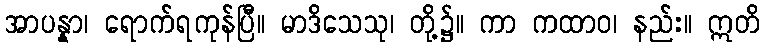
အာပန္နာ၊ ရောက်ရကုန်ပြီ။ မာဒိသေသု၊ တို့၌။ ကာ ကထာဝ၊ နည်း။ ဣတိ